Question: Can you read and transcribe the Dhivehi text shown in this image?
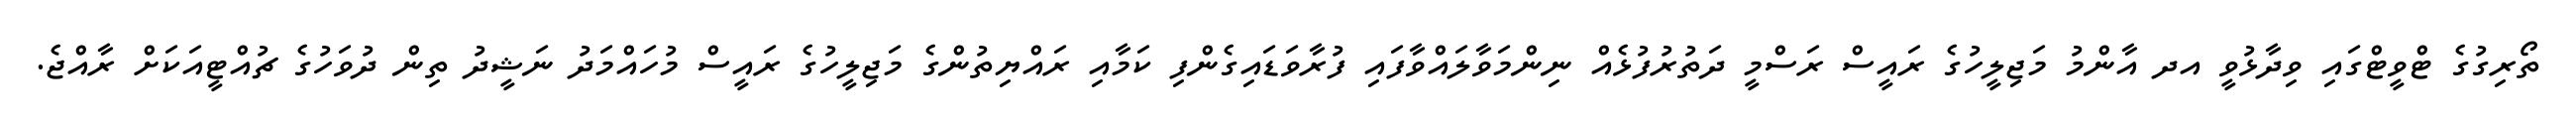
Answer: ތޯރިގުގެ ޓްވީޓްގައި ވިދާޅުވީ އދ އާންމު މަޖިލީހުގެ ރައީސް ރަސްމީ ދަތުރުފުޅެއް ނިންމަވާލައްވާފައި ފުރާވަޑައިގެންފި ކަމާއި ރައްޔިތުންގެ މަޖިލީހުގެ ރައީސް މުހައްމަދު ނަޝީދު ތިން ދުވަހުގެ ޗުއްޓީއަކަށް ރާއްޖެ.